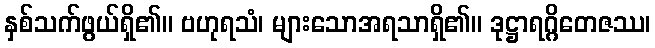
နှစ်သက်ဖွယ်ရှိ၏။ ဗဟုရသံ၊ များသောအရသာရှိ၏။ ဒုဋ္ဌာရဂ္ဂိတေဇဿ၊